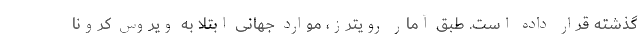
گذشته قرار داده است. طبق آمار رویترز، موارد جهانی ابتلا به ویروس کرونا